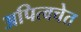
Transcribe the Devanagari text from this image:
अपित्वचेत